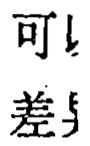
可\\差